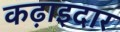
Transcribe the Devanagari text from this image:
कढ़ाइदार